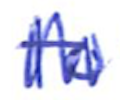
Text: to
Cross-out: zig-zag
Writing tool: ballpoint